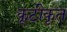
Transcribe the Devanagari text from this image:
कूटीकृत